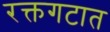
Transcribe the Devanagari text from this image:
रक्तगटात